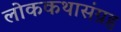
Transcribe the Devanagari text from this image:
लोककथासंग्रह